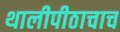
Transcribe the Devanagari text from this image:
थालीपीठाचाच